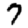
Digit: 7